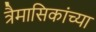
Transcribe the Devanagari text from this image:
त्रैमासिकांच्या